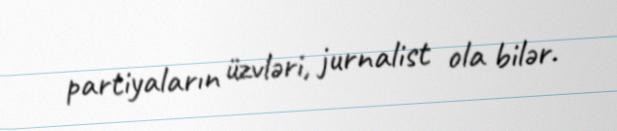
partiyaların üzvləri, jurnalist ola bilər.